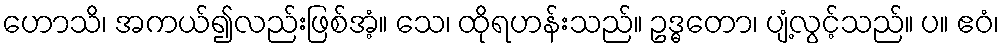
ဟောသိ၊ အကယ်၍လည်းဖြစ်အံ့။ သေ၊ ထိုရဟန်းသည်။ ဥဒ္ဓတော၊ ပျံ့လွင့်သည်။ ပ။ ဧဝံ၊